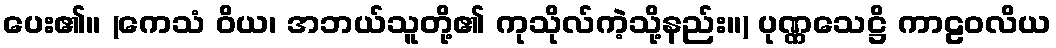
ပေး၏။ (ကေသံ ဝိယ၊ အဘယ်သူတို့၏ ကုသိုလ်ကဲ့သို့နည်း။) ပုဏ္ဏသေဋ္ဌိ ကာဠဝလိယ